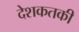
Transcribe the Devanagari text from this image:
देशकतकी